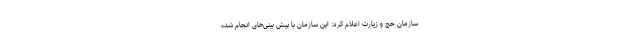
سازمان حج و زیارت اعلام کرد: این سازمان با پیش بینی‌های انجام شده